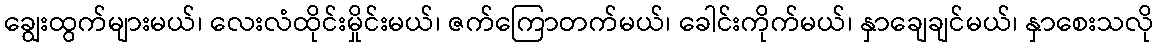
ချွေးထွက်များမယ်၊ လေးလံထိုင်းမှိုင်းမယ်၊ ဇက်ကြောတက်မယ်၊ ခေါင်းကိုက်မယ်၊ နှာချေချင်မယ်၊ နှာစေးသလို